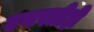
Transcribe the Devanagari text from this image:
गणपतीही